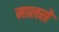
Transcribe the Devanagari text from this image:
मालसे